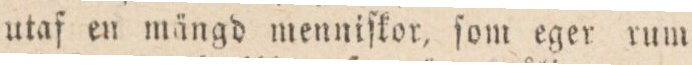
utaf en mängd menniſkor, ſom eger rum